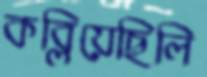
কব্‌লিয়েছিলি